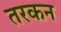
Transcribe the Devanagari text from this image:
तरकन